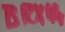
Text: BRX44